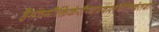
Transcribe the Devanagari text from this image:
हैमंचमौक्तिकंरौप्यंप्रवालंनीलकंतथा